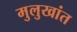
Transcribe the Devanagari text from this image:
मुलुखांत